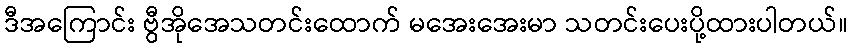
ဒီအကြောင်း ဗွီအိုအေသတင်းထောက် မအေးအေးမာ သတင်းပေးပို့ထားပါတယ်။